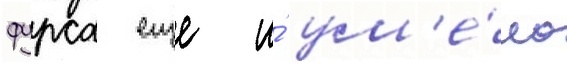
фурса еще и́ ум'е́ло